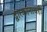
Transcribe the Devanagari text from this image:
द्वारकानाथही